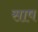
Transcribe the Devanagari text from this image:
साष